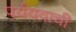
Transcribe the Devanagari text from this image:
पर्ययवाची